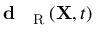
\textbf { d } _ { \mathrm { ~ \tiny ~ R ~ } } ( { \bf X } , t )